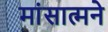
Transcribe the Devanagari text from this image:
मांसात्मने